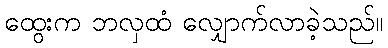
ထွေးက ဘလှထံ လျှောက်လာခဲ့သည်။